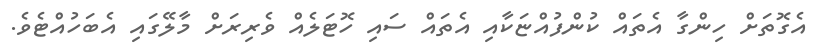
އެގޮތަށް ހިންގާ އެތައް ކުންފުއްޏަކާއި އެތައް ސައި ހޮޓަލެއް ވެރިރަށް މާލޭގައި އެބަހުއްޓެވެ.